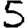
Digit: 5